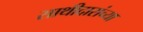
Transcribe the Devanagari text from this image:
साथीदारांच्या